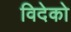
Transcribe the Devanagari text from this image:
विदेको